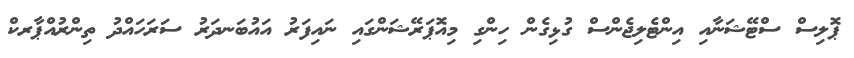
ޕޮލިސް ސްޓޭޝަނާއި އިންޓެލިޖެންސް ގުޅިގެން ހިންގި މިއޮޕަރޭޝަންގައި ނައިފަރު އައުބަނދަރު ސަރަހައްދު ތިންރުއްޕާރކް